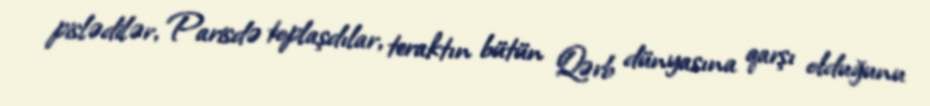
pislədilər, Parisdə toplaşdılar, teraktın bütün Qərb dünyasına qarşı olduğunu